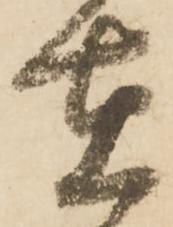
在